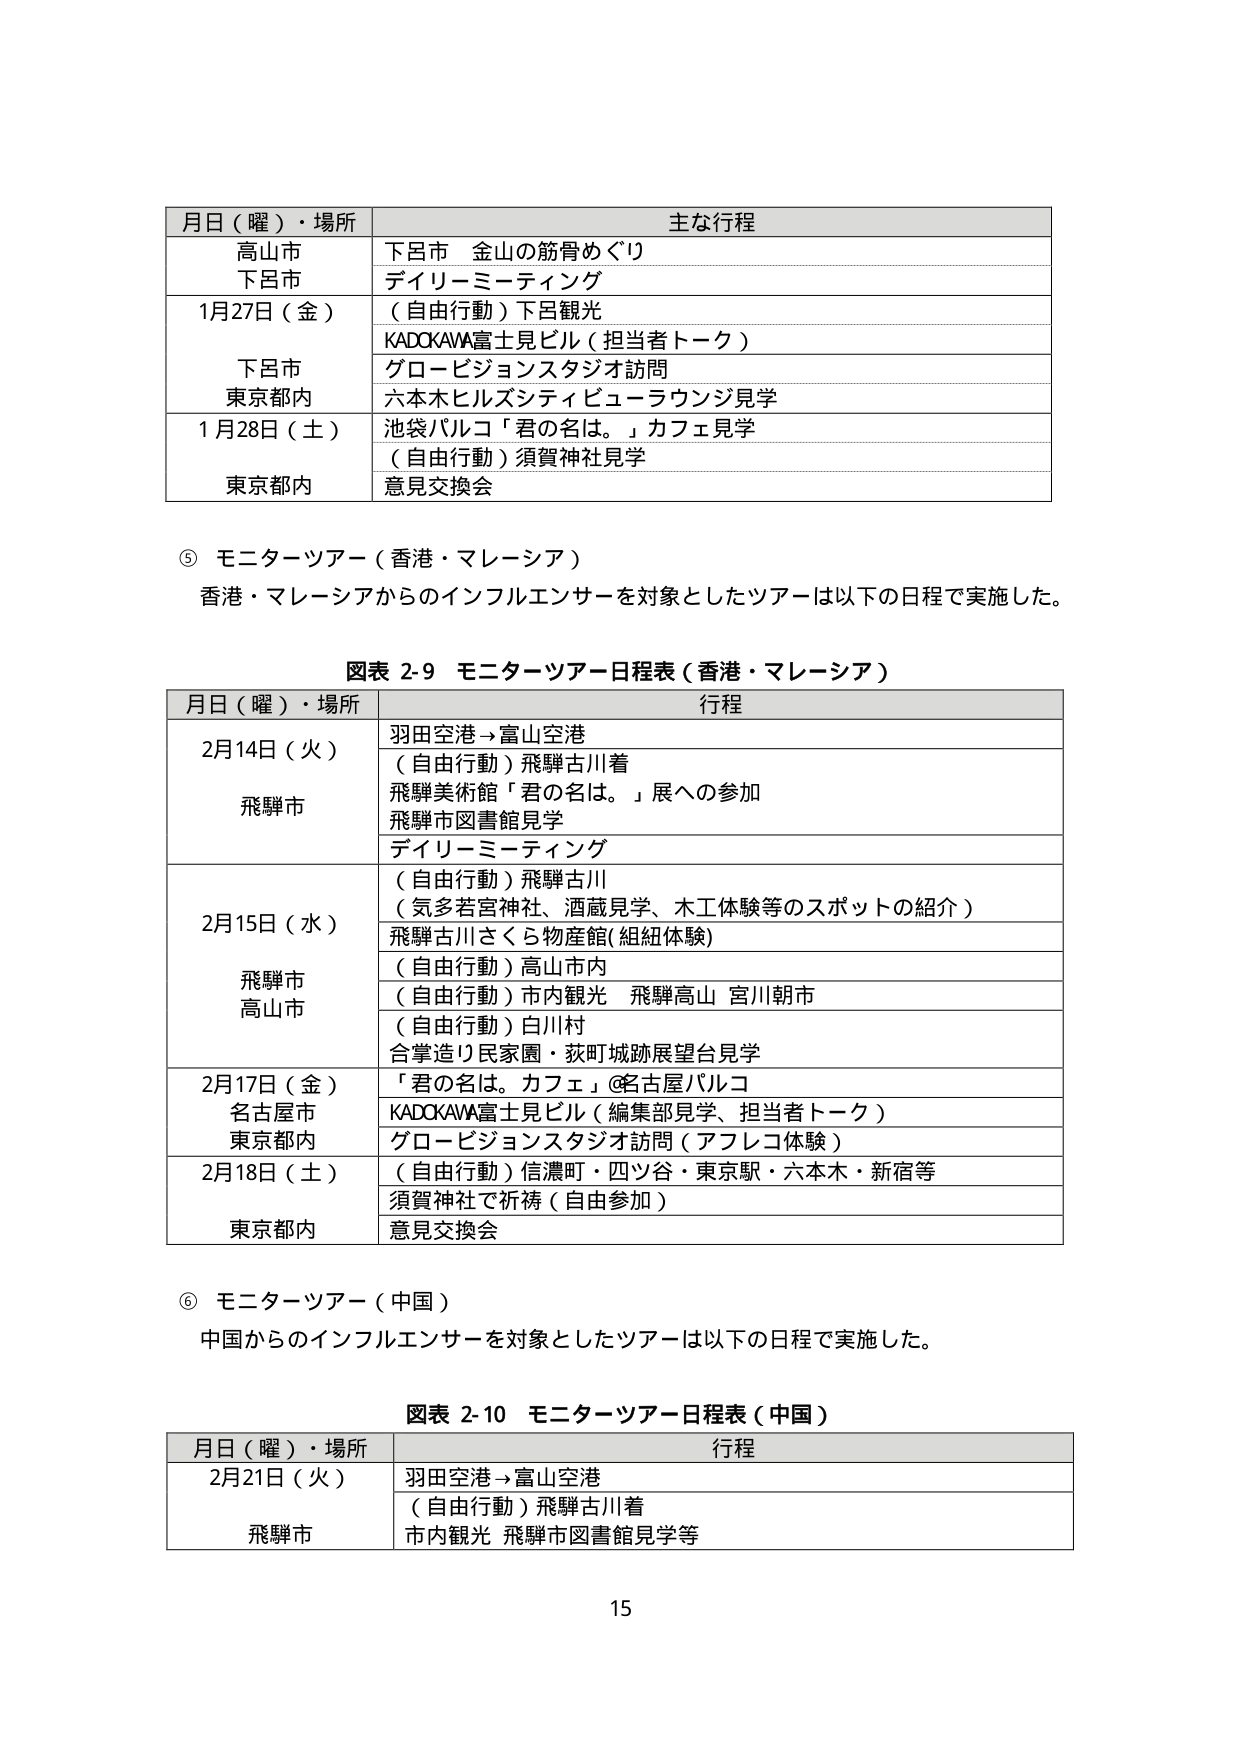
月日（曜）・場所　主な行程
高山市　下呂市　金山の筋骨めぐり
下呂市　ディリーミーティング
1月27日（金）　（自由行動）下呂観光
KADOKAWA富士見ビル（担当者トーク）
下呂市　東京都内　グロービジョンスタジオ訪問
六本木ヒルズシティビューラウンジ見学
1月28日（土）　池袋パルコ「君の名は。」カフェ見学
（自由行動）須賀神社見学
東京都内　意見交換会

⑤ モニターツアー（香港・マレーシア）
香港・マレーシアからのインフルエンサーを対象としたツアーは以下の日程で実施した。

図表 2-9 モニターツアー日程表（香港・マレーシア）
月日（曜）・場所　行程
2月14日（火）　羽田空港→富山空港
飛騨市　（自由行動）飛騨古川着
飛騨美術館「君の名は。」展への参加
飛騨市図書館見学
ディリーミーティング
2月15日（水）　（自由行動）飛騨古川
（気多若宮神社、酒蔵見学、木工体験等のスポットの紹介）
飛騨古川さくら物産館（組紐体験）
飛騨市　高山市　（自由行動）高山市内
（自由行動）市内観光　飛騨高山　宮川朝市
（自由行動）白川村
合掌造り民家園・荻町城跡展望台見学
2月17日（金）　「君の名は。カフェ」@名古屋パルコ
名古屋市　東京都内　KADOKAWA富士見ビル（編集部見学、担当者トーク）
グロービジョンスタジオ訪問（アフレコ体験）
2月18日（土）　（自由行動）信濃町・四ツ谷・東京駅・六本木・新宿等
須賀神社で祈祷（自由参加）
東京都内　意見交換会

⑥ モニターツアー（中国）
中国からのインフルエンサーを対象としたツアーは以下の日程で実施した。

図表 2-10 モニターツアー日程表（中国）
月日（曜）・場所　行程
2月21日（火）　羽田空港→富山空港
飛騨市　（自由行動）飛騨古川着
市内観光　飛騨市図書館見学等

15